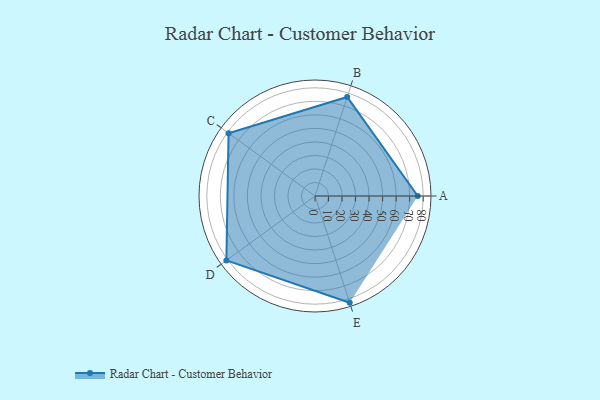
{"axis": {"x": "Skill", "y": "Score"}, "legend": ["Profile"], "data": [{"x": "A", "y": 76.0, "type": "Profile"}, {"x": "B", "y": 77.0, "type": "Profile"}, {"x": "C", "y": 79.0, "type": "Profile"}, {"x": "D", "y": 81.0, "type": "Profile"}, {"x": "E", "y": 83.0, "type": "Profile"}]}